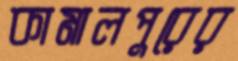
কামালপুরের